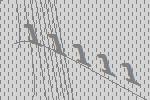
11111